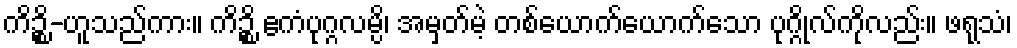
ကိဉ္စိ-ဟူသည်ကား။ ကိဉ္စိ ဧကံပုဂ္ဂလမ္ပိ၊ အမှတ်မဲ့ တစ်ယောက်ယောက်သော ပုဂ္ဂိုလ်ကိုလည်း။ ဖရုသံ၊